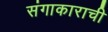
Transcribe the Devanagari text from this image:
संगाकाराची